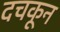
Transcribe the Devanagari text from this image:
दचकून